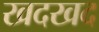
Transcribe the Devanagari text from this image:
खदखद